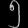
Digit: ၅